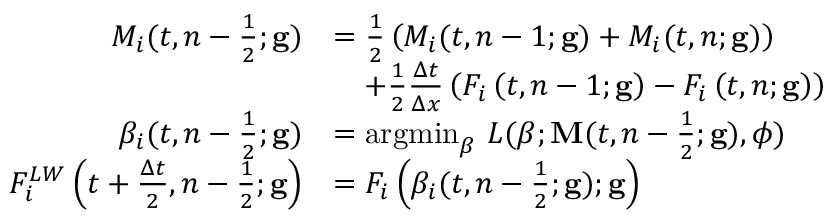
\begin{array} { r l } { M _ { i } ( t , n - \frac { 1 } { 2 } ; \mathbf { g } ) } & { = \frac { 1 } { 2 } \left( M _ { i } ( t , n - 1 ; \mathbf { g } ) + M _ { i } ( t , n ; \mathbf { g } ) \right) } \\ & { \quad + \frac { 1 } { 2 } \frac { \Delta t } { \Delta x } \left( F _ { i } \left( t , n - 1 ; \mathbf { g } \right) - F _ { i } \left( t , n ; \mathbf { g } \right) \right) } \\ { \beta _ { i } ( t , n - \frac { 1 } { 2 } ; \mathbf { g } ) } & { = \mathrm { a r g m i n } _ { \beta } \ L ( \boldsymbol { \beta } ; \mathbf { M } ( t , n - \frac { 1 } { 2 } ; \mathbf { g } ) , \boldsymbol { \phi } ) } \\ { F _ { i } ^ { L W } \left( t + \frac { \Delta t } { 2 } , n - \frac { 1 } { 2 } ; \mathbf { g } \right) } & { = F _ { i } \left( \beta _ { i } ( t , n - \frac { 1 } { 2 } ; \mathbf { g } ) ; \mathbf { g } \right) } \end{array}